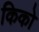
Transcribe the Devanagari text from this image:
किको